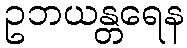
ဥဘယန္တရေန